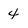
Character: 4